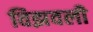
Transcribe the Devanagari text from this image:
विझवली